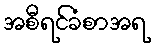
အစီရင်ခံစာအရ